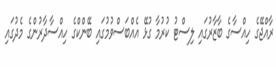
ރާއްޖޭގެ ހިއްސާގެ ބާޒާރުގައި ލިސްޓު ކުރުމާ ގުޅޭ އެއްބަސްވުމުގައި ބޭންކްގެ ހިއްސާދާރުންގެ މެދުގައި